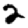
Digit: 2